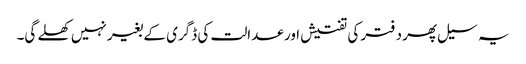
یہ سیل پھر دفتر کی تفتیش اور عدالت کی ڈگری کے بغیر نہیں کھلے گی۔